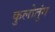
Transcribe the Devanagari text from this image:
कुलोतुंग